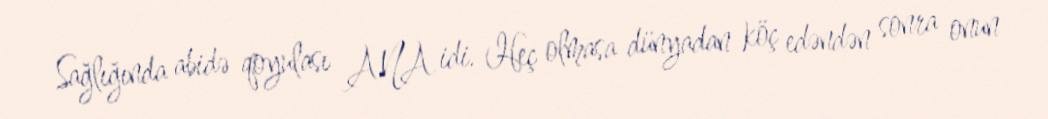
Sağlığında abidə qoyulası ANA idi. Heç olmasa dünyadan köç edəndən sonra onun